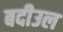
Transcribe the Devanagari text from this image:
बदीउल